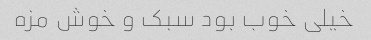
خیلی خوب بود سبک و خوش مزه